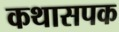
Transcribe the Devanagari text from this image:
कथासपक